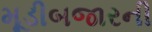
મૂડીબજારની